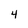
Character: 4